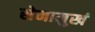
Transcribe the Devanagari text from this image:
सेनामुखं